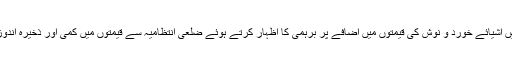
پاکستان کے وزیر اعظم عمران خان نے ملک میں اشیائے خورد و نوش کی قیمتوں میں اضافے پر برہمی کا اظہار کرتے ہوئے ضلعی انتظامیہ سے قیمتوں میں کمی اور ذخیرہ اندوزوں کے خلاف کارروائی کرنے کا حکم دیا ہے۔